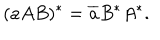
LaTeX: ( a A B ) ^ { \ast } = \overline { { { a } } } B ^ { \ast } A ^ { \ast } .